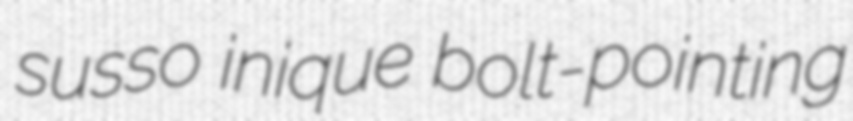
susso inique bolt-pointing